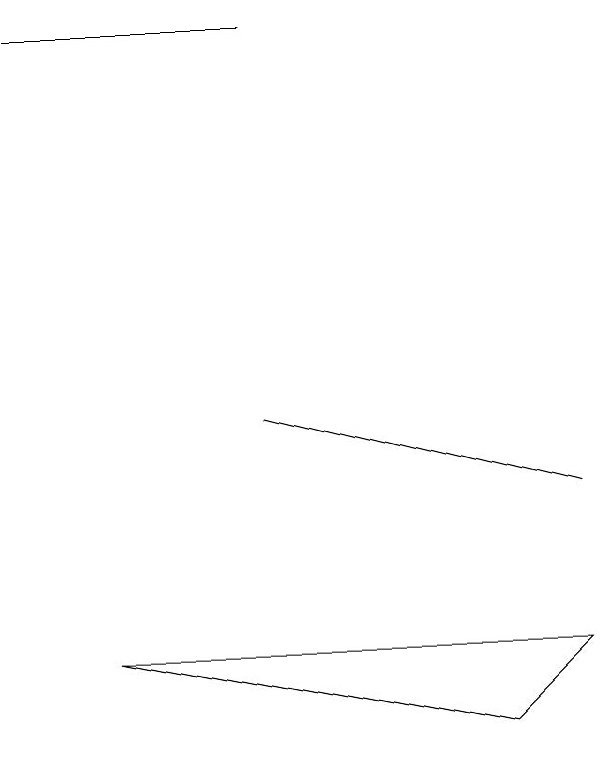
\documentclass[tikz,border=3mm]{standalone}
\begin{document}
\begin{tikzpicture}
\draw (2,14) rectangle (5,14);
\draw (5,9) -- (5,9) -- (9,8) -- cycle;
\draw (9,6) -- (3,6) -- (8,5) -- cycle;
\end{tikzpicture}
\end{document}